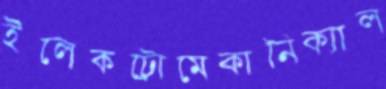
ইলেকট্রোমেকানিক্যাল